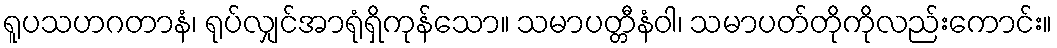
ရူပသဟဂတာနံ၊ ရုပ်လျှင်အာရုံရှိကုန်သော။ သမာပတ္တီနံဝါ၊ သမာပတ်တိုကိုလည်းကောင်း။